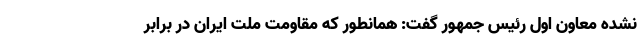
نشده معاون اول رئیس جمهور گفت: همانطور که مقاومت ملت ایران در برابر